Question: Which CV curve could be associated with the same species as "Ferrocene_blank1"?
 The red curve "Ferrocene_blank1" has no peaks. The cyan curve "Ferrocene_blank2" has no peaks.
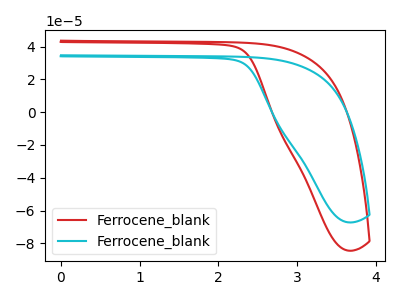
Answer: <think>Neither "Ferrocene_blank1" or "Ferrocene_blank2" have any peaks.
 </think>
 <answer>The CV with the most similar shape to "Ferrocene_blank2" is "Ferrocene_blank1".</answer>
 <eval>"Ferrocene_blank1"</eval>